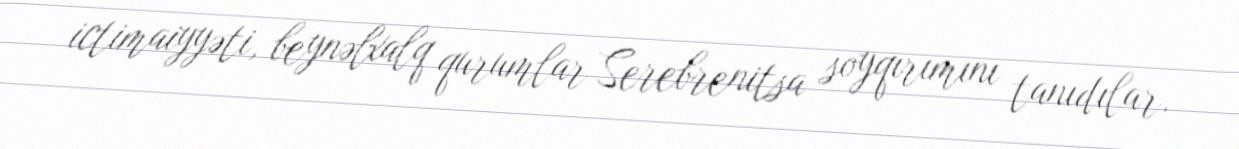
ictimaiyyəti, beynəlxalq qurumlar Serebrenitsa soyqırımını tanıdılar.